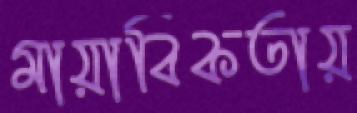
মায়াবিকতায়